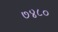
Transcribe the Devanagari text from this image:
७४८०